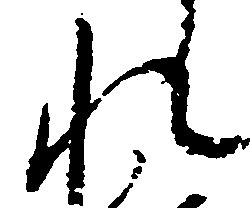
れ